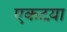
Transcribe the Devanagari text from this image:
एकटय़ा